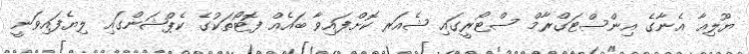
ޔޫލިއާ އެނާގެ އިންސްޓަގްރާމް ސްޓޯރީގައި ޝެއަރ ކޮށްފައިވާ ބައެއް ފޮޓޯތަކުގެ ކެޕްޝަންގައި ލިޔެފައިވަނީ